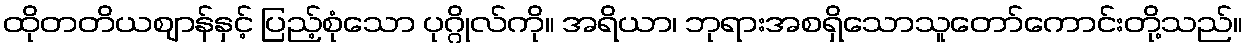
ထိုတတိယဈာန်နှင့် ပြည့်စုံသော ပုဂ္ဂိုလ်ကို။ အရိယာ၊ ဘုရားအစရှိသောသူတော်ကောင်းတို့သည်။